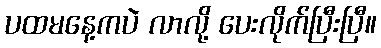
ပထမနေ့ကပဲ လာလို့ ပေးလိုက်ပြီးပြီ။